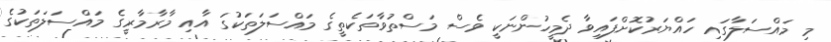
މި މައްސަލާގައި ހައްޔަރުކޮށްފައިވާ ދެމީހުންނަކީ ވެސް މަސްތުވާތަކެތީގެ މައްސަލަތަކުގަ އާއި މާރާމާރީގެ މައްސަލަތަކުގެ